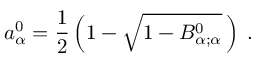
a _ { \alpha } ^ { 0 } = \frac { 1 } { 2 } \left( 1 - \sqrt { 1 - B _ { \alpha ; \alpha } ^ { 0 } } \, \right) \; .